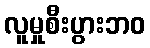
လူမှုစီးပွားဘဝ